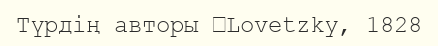
Түрдің авторы 	Lovetzky, 1828